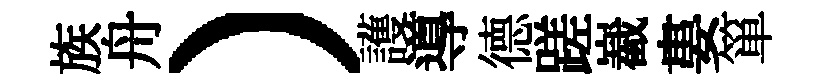
族舟）護導德蹉嶻婁箪